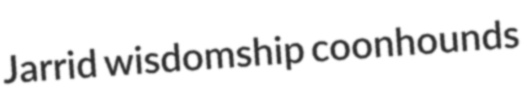
Jarrid wisdomship coonhounds